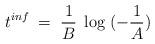
LaTeX: \begin{align*}t^{inf}\;=\; \frac{1}{B}\;\log\;(-\frac{1}{A})\end{align*}